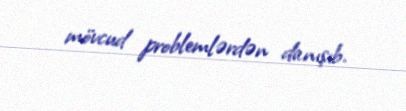
mövcud problemlərdən danışıb.